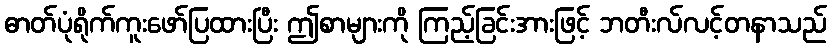
ဓာတ်ပုံရိုက်ကူးဖော်ပြထားပြီး ဤစာများကို ကြည့်ခြင်းအားဖြင့် ဘတီးလ်လင့်တနာသည်